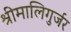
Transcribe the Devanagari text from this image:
श्रीमालिगुर्जर